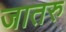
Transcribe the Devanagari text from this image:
जातरु